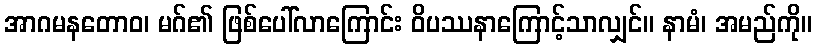
အာဂမနတောဝ၊ မဂ်၏ ဖြစ်ပေါ်လာကြောင်း ဝိပဿနာကြောင့်သာလျှင်။ နာမံ၊ အမည်ကို။